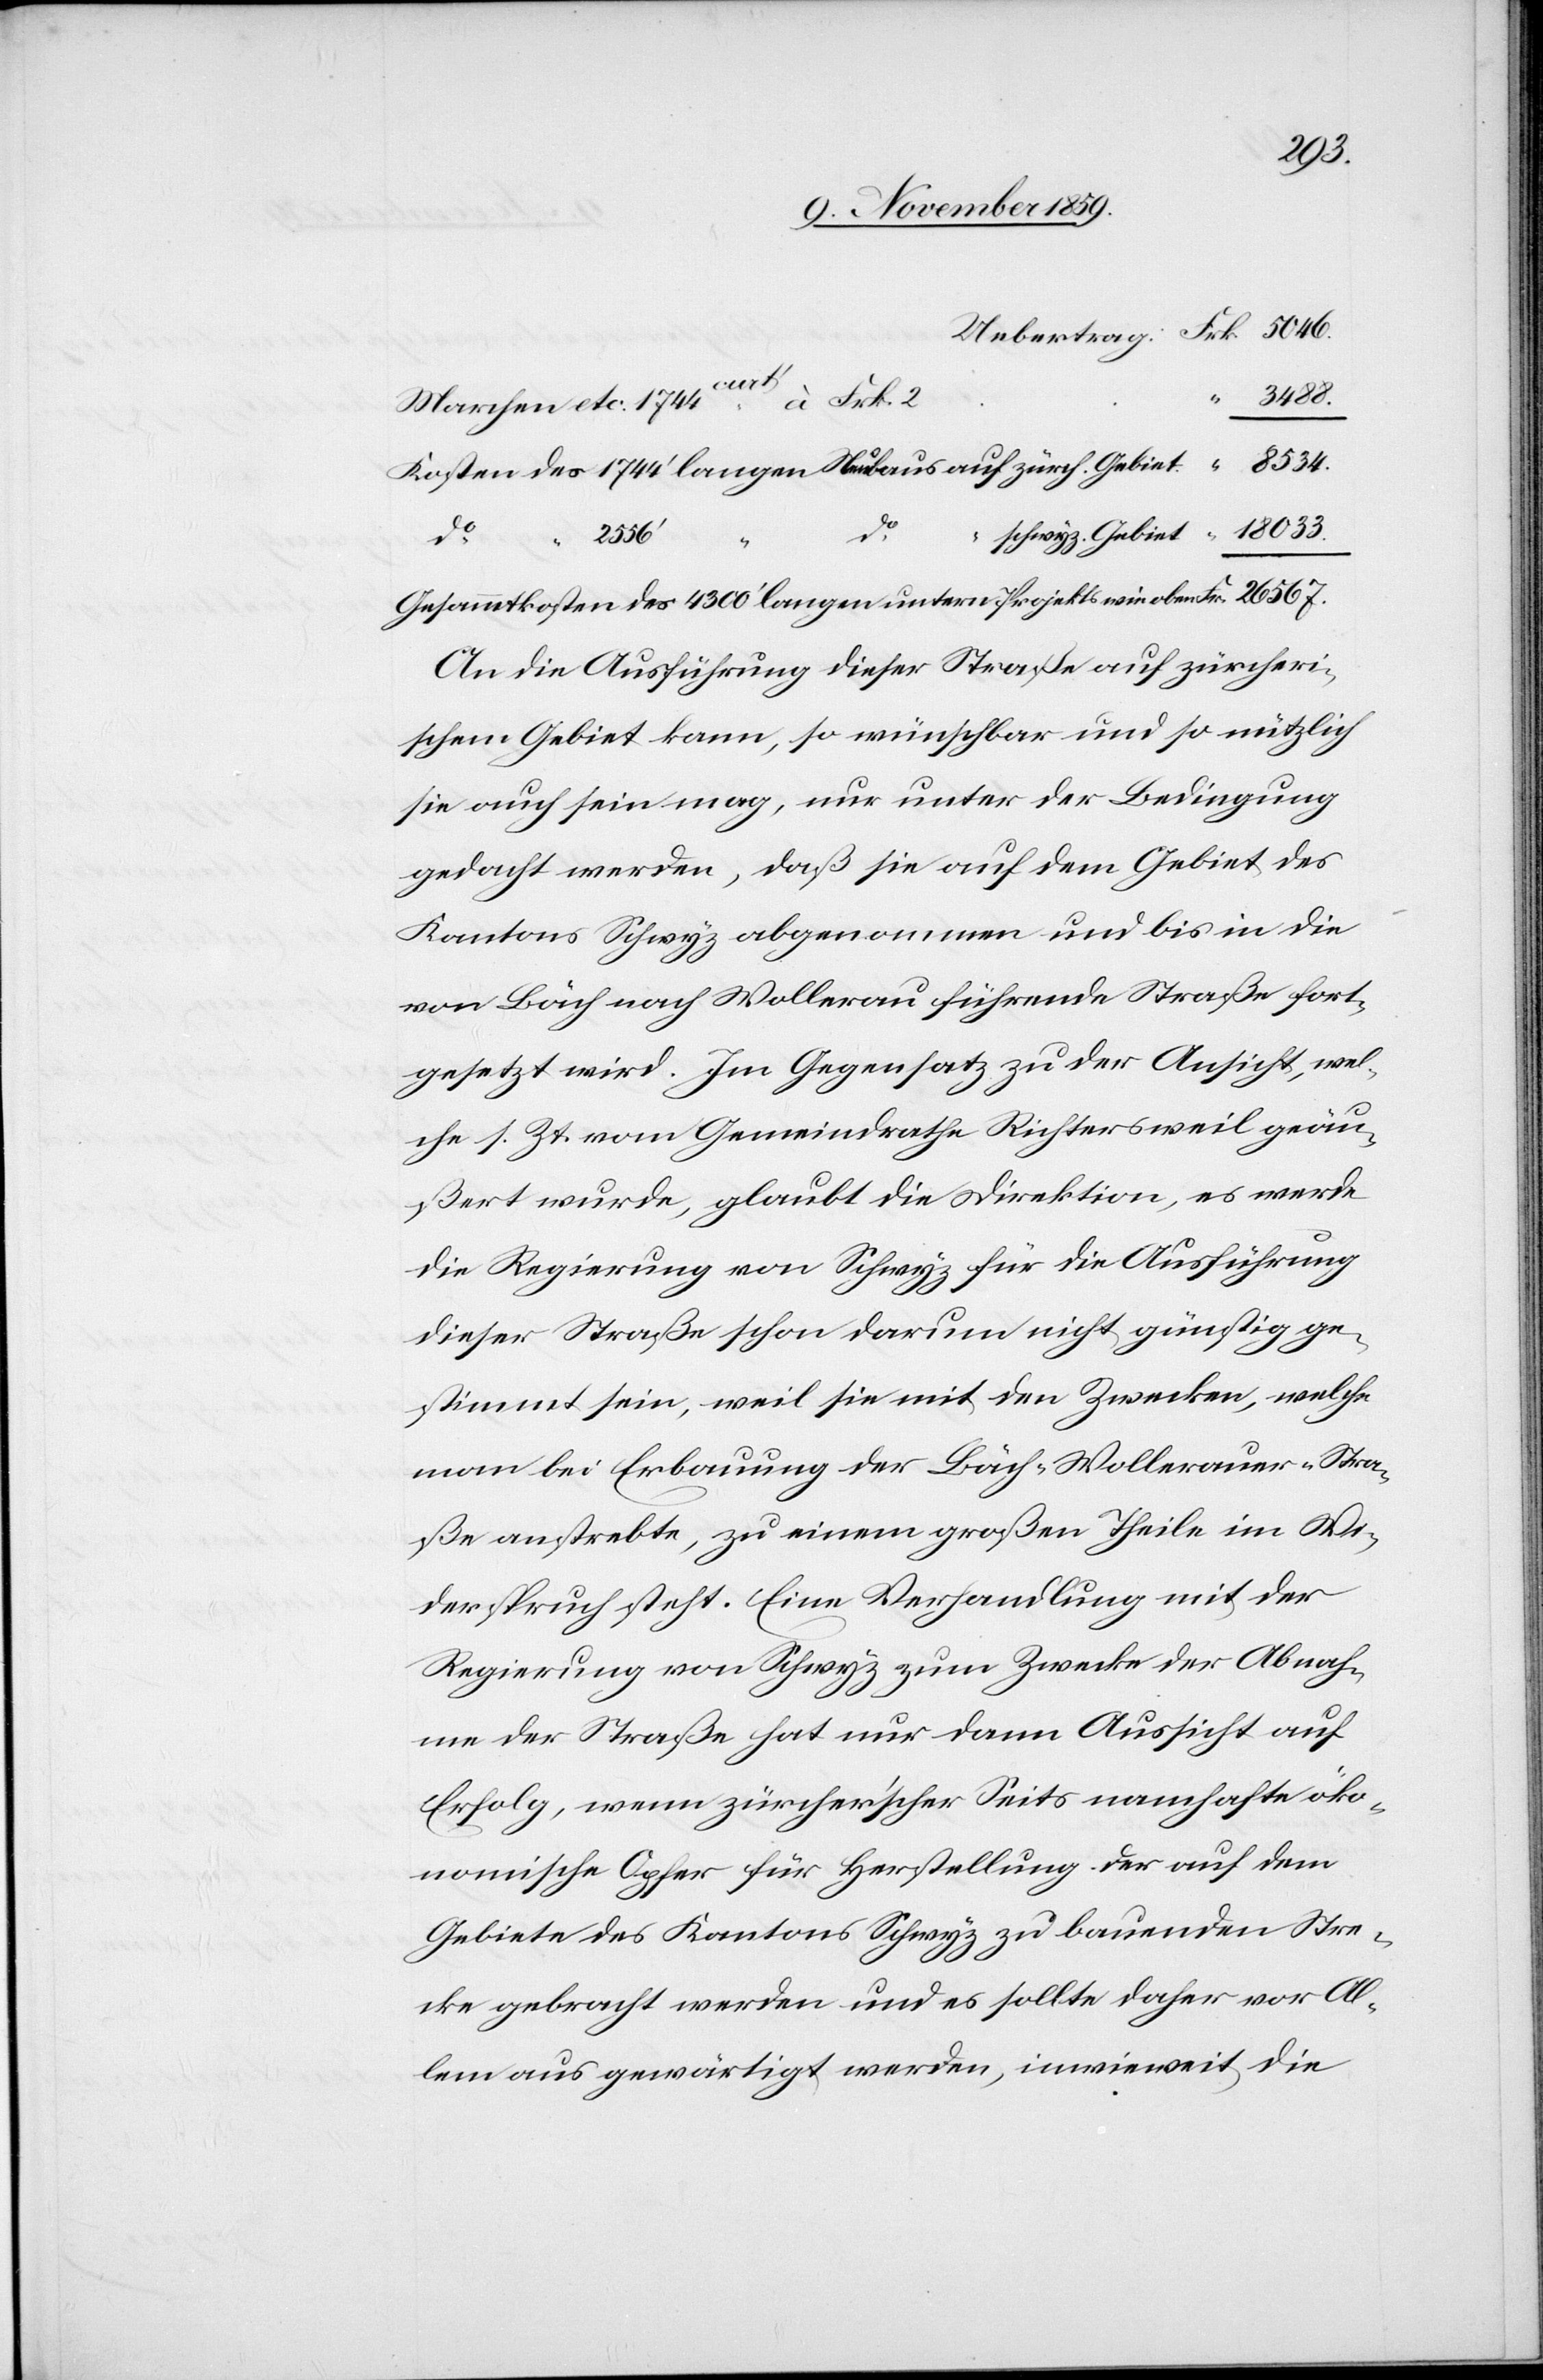
18033.
3488.
Marchen etc. 1744curt! à Frk. 2
2556’
do
“
Gesammtkosten des 4300’ langen untern Projekts wie oben
An die Ausführung dieser Straße auf zürcheri¬
schem Gebiet kann, so wünschbar und so nützlich
sie auch sein mag, nur unter der Bedingung
gedacht werden, daß sie auf dem Gebiet des
Kantons Schwyz abgenommen und bis in die
von Bäch nach Wollerau führende Straße fort¬
gesetzt wird. Im Gegensatz zu der Ansicht, wel¬
che s. Zt. vom Gemeindrathe Richtersweil geäu¬
ßert wurde, glaubt die Direktion, es werde
die Regierung von Schwyz für die Ausführung
dieser Straße schon darum nicht günstig ge¬
stimmt sein, weil sie mit den Zwecken, welche
man bei Erbauung der Bäch–Wollerauer-Stra¬
ße anstrebe, zu einem großen Theile im Wi¬
derspruch steht. Eine Verhandlung mit der
Regierung von Schwyz zum Zwecke der Abnah¬
me der Straße hat nur dann Aussicht auf
Erfolg, wenn zürcher’scher Seits namhafte öko¬
nomische Opfer für Herstellung der auf dem
Gebiete des Kantons Schwyz zu bauenden Stre¬
cke gebracht werden und es sollte daher vor Al¬
lem aus gewärtigt werden, inwieweit die